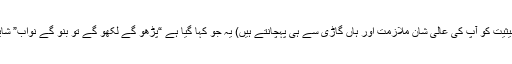
(کم سے کم آپ کے اِرد گرد بیٹھے لوگ تو آپ کی حیثیت کو آپ کی عالی شان ملازمت اور ہاں گاڑی سے ہی پہچانتے ہیں) یہ جو کہا گیا ہے “پڑھو گے لکھو گے تو بنو گے نواب” شاید عجلت میں کسی صاحب نے بے پَرکی پھینکی ہے۔